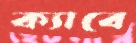
ক্যাবে